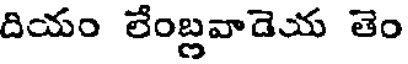
దియం లేంబ్లవాడెయ తెం